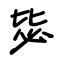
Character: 毖